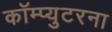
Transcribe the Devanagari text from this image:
कॉम्प्युटरना